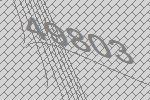
49803